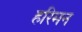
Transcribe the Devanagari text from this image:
हरिमन